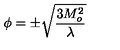
\phi = \pm { \sqrt { { \frac { 3 M _ { o } ^ { 2 } } { \lambda } } } }